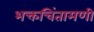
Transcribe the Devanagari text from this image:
भक्तचिंतामणी